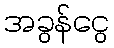
အခွန်ငွေ